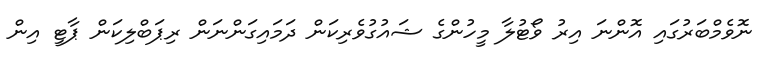
ނޮވެމްބަރުގައި އޮންނަ އިރު ވޯޓުލާ މީހުންގެ ޝައުގުވެރިކަން ދަމައިގަންނަން ރިޕަބްލިކަން ޕާޓީ އިން